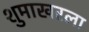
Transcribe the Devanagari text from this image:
शुमाखरला